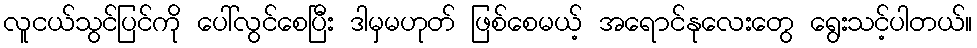
လူငယ်သွင်ပြင်ကို ပေါ်လွင်စေပြီး ဒါမှမဟုတ် ဖြစ်စေမယ့် အရောင်နုလေးတွေ ရွေးသင့်ပါတယ်။